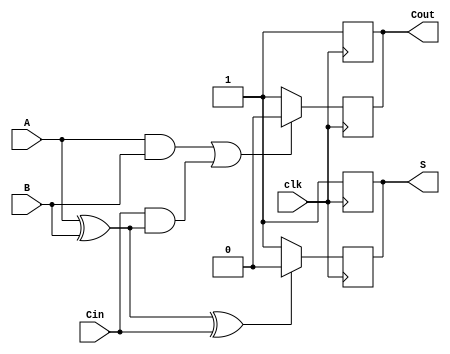
module DynamicFullAdder(
    input wire A,
    input wire B,
    input wire Cin,
    input wire clk, // Clock signal for controlling precharge and evaluation phases
    output reg S,
    output reg Cout
);

// Internal nets for evaluation
reg S_int;
reg Cout_int;

// Precharge phase
always @(negedge clk) begin
    // During the precharge phase, set outputs to high
    S <= 1'b1;
    Cout <= 1'b1;
end

// Evaluation phase
always @(posedge clk) begin
    // Evaluate outputs based on inputs A, B, and Cin
    S_int = A ^ B ^ Cin; // Sum logic
    Cout_int = (A & B) | (Cin & (A ^ B)); // Carry out logic
    
    // Discharge based on evaluation
    S <= S_int ? 1'b0 : 1'b1; // If S_int is true (1), set S to 0
    Cout <= Cout_int ? 1'b0 : 1'b1; // If Cout_int is true (1), set Cout to 0
end

endmodule